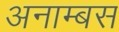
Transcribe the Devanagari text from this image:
अनाम्बस